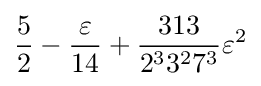
{\frac {5}{2}}-{\frac {\varepsilon }{14}}+{\frac {313}{2^{3}3^{2}7^{3}}}\varepsilon ^{2}